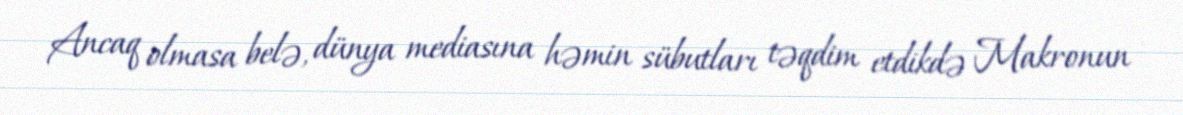
Ancaq olmasa belə, dünya mediasına həmin sübutları təqdim etdikdə Makronun